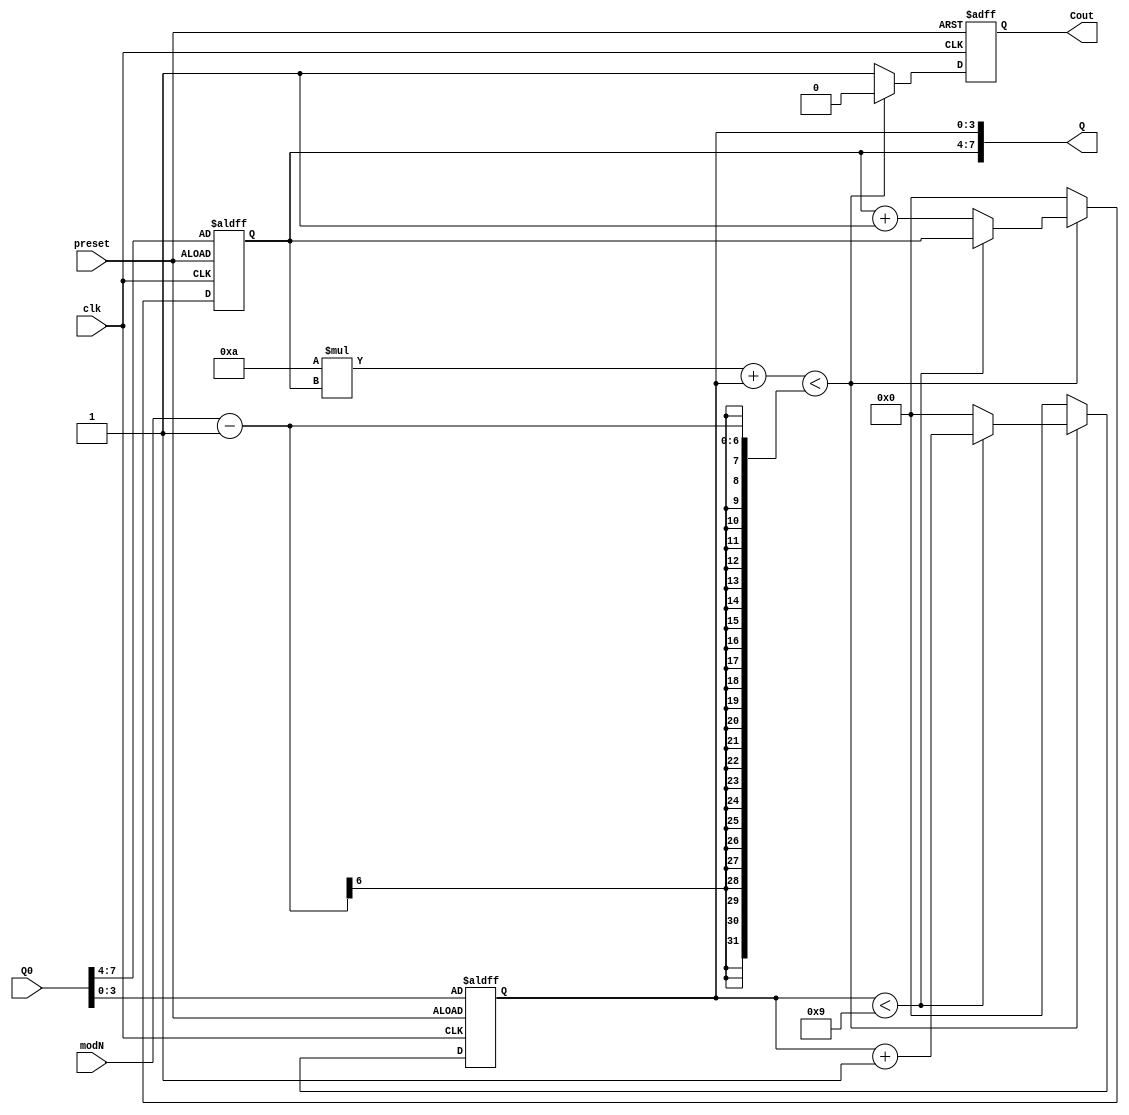


//4 bit 2-digit BCD counter with modN, and preset control and Q0 starting point
module BCD2Counter (clk, modN, preset, Q0, Q, Cout);
    input clk;
	input [5:0] modN; // 6bit mod number :mod-60 counter for min, sec, and mod-24 counter for hr
	input preset; // high active preset
	input [7:0] Q0; // to set initial value

	output [7:0] Q; // 2 bcds
	output reg Cout; // carry out

	reg [3:0] bcd1; // high digit
	reg [3:0] bcd0; // high digit

	assign Q = { bcd1,bcd0 }; // assemble to 2 bcd outputs

	always @(posedge clk, posedge preset) begin
    	if (preset) begin // setting mode
        	bcd1 <= Q0[7:4]; // presetting mode
        	bcd0 <= Q0[3:0];
        	Cout <= 0;
    	end else if ((10 * bcd1 + bcd0) < (modN - 1)) begin // clock mode
        	if (bcd0 < 9) begin
            	bcd0 <= bcd0 + 1; // add 1 to bcd0 only
        	end else begin // bcd0 reset to 0, try adding 1 to bcd1
            	bcd0 <= 0;
            	bcd1 <= bcd1 + 1;
        	end

        	Cout <= 0;
    	end else begin
        	bcd0 <= 0;
        	bcd1 <= 0;
        	Cout <= 1;
    	end
	end
endmodule